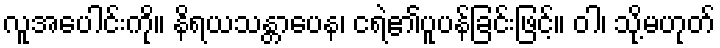
လူအပေါင်းကို။ နိရယသန္တာပေန၊ ငရဲ၏ပူပန်ခြင်းဖြင့်။ ဝါ၊ သို့မဟုတ်